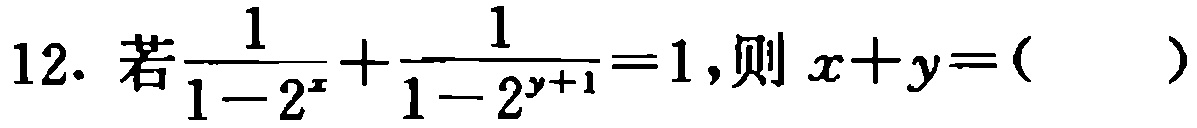
12. 若$\frac{1}{1 - 2^{x}}+\frac{1}{1 - 2^{y + 1}} = 1$,则$x + y = ($  )